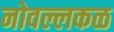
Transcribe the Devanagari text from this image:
नोवल्लकळ